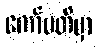
ကော်မတီမှာ